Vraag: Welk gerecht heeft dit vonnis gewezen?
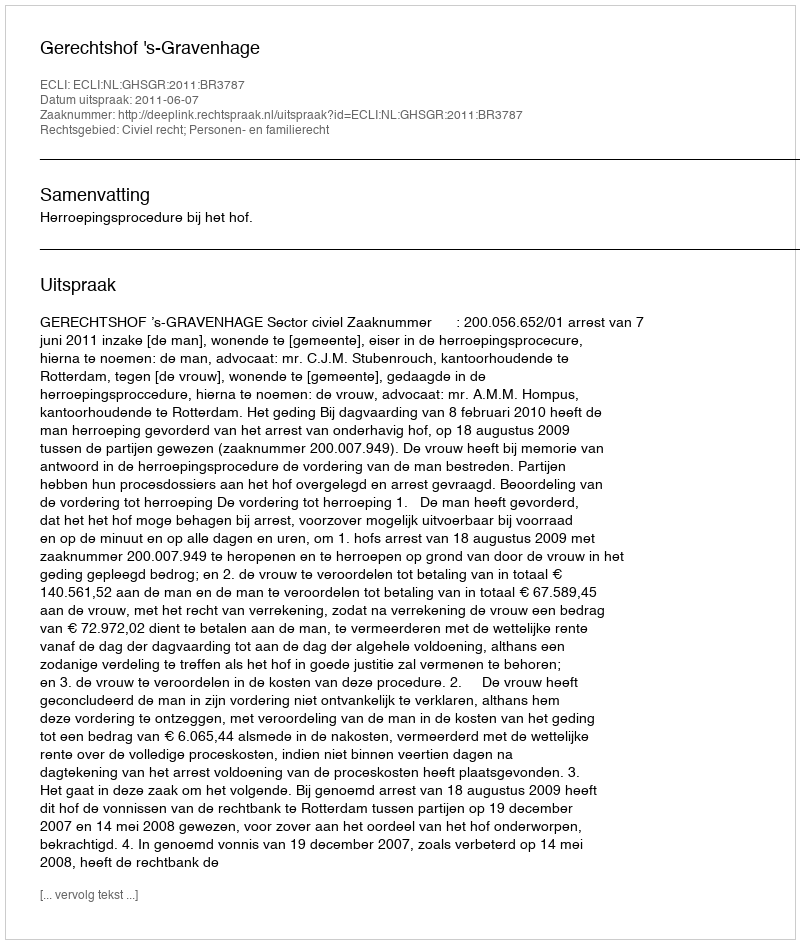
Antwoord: Gerechtshof 's-Gravenhage